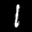
Label: 1